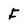
Character: f